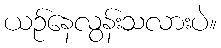
ယဉ်နေလွန်းသလားပဲ။